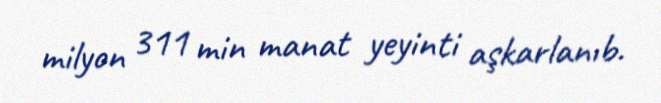
milyon 311 min manat yeyinti aşkarlanıb.